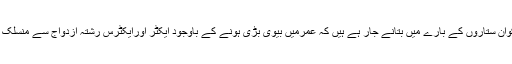
ہم آپ کوان ستاروں کے بارے میں بتانے جار ہے ہیں کہ عمرمیں بیوی بڑی ہونے کے باوجود ایکٹر اورایکٹرس رشتہ ازدواج سے منسلک ہوگئے۔